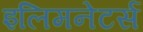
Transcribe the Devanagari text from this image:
इलिमनेटर्स